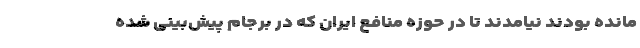
مانده بودند نیامدند تا در حوزه منافع ایران که در برجام پیش‌بینی شده